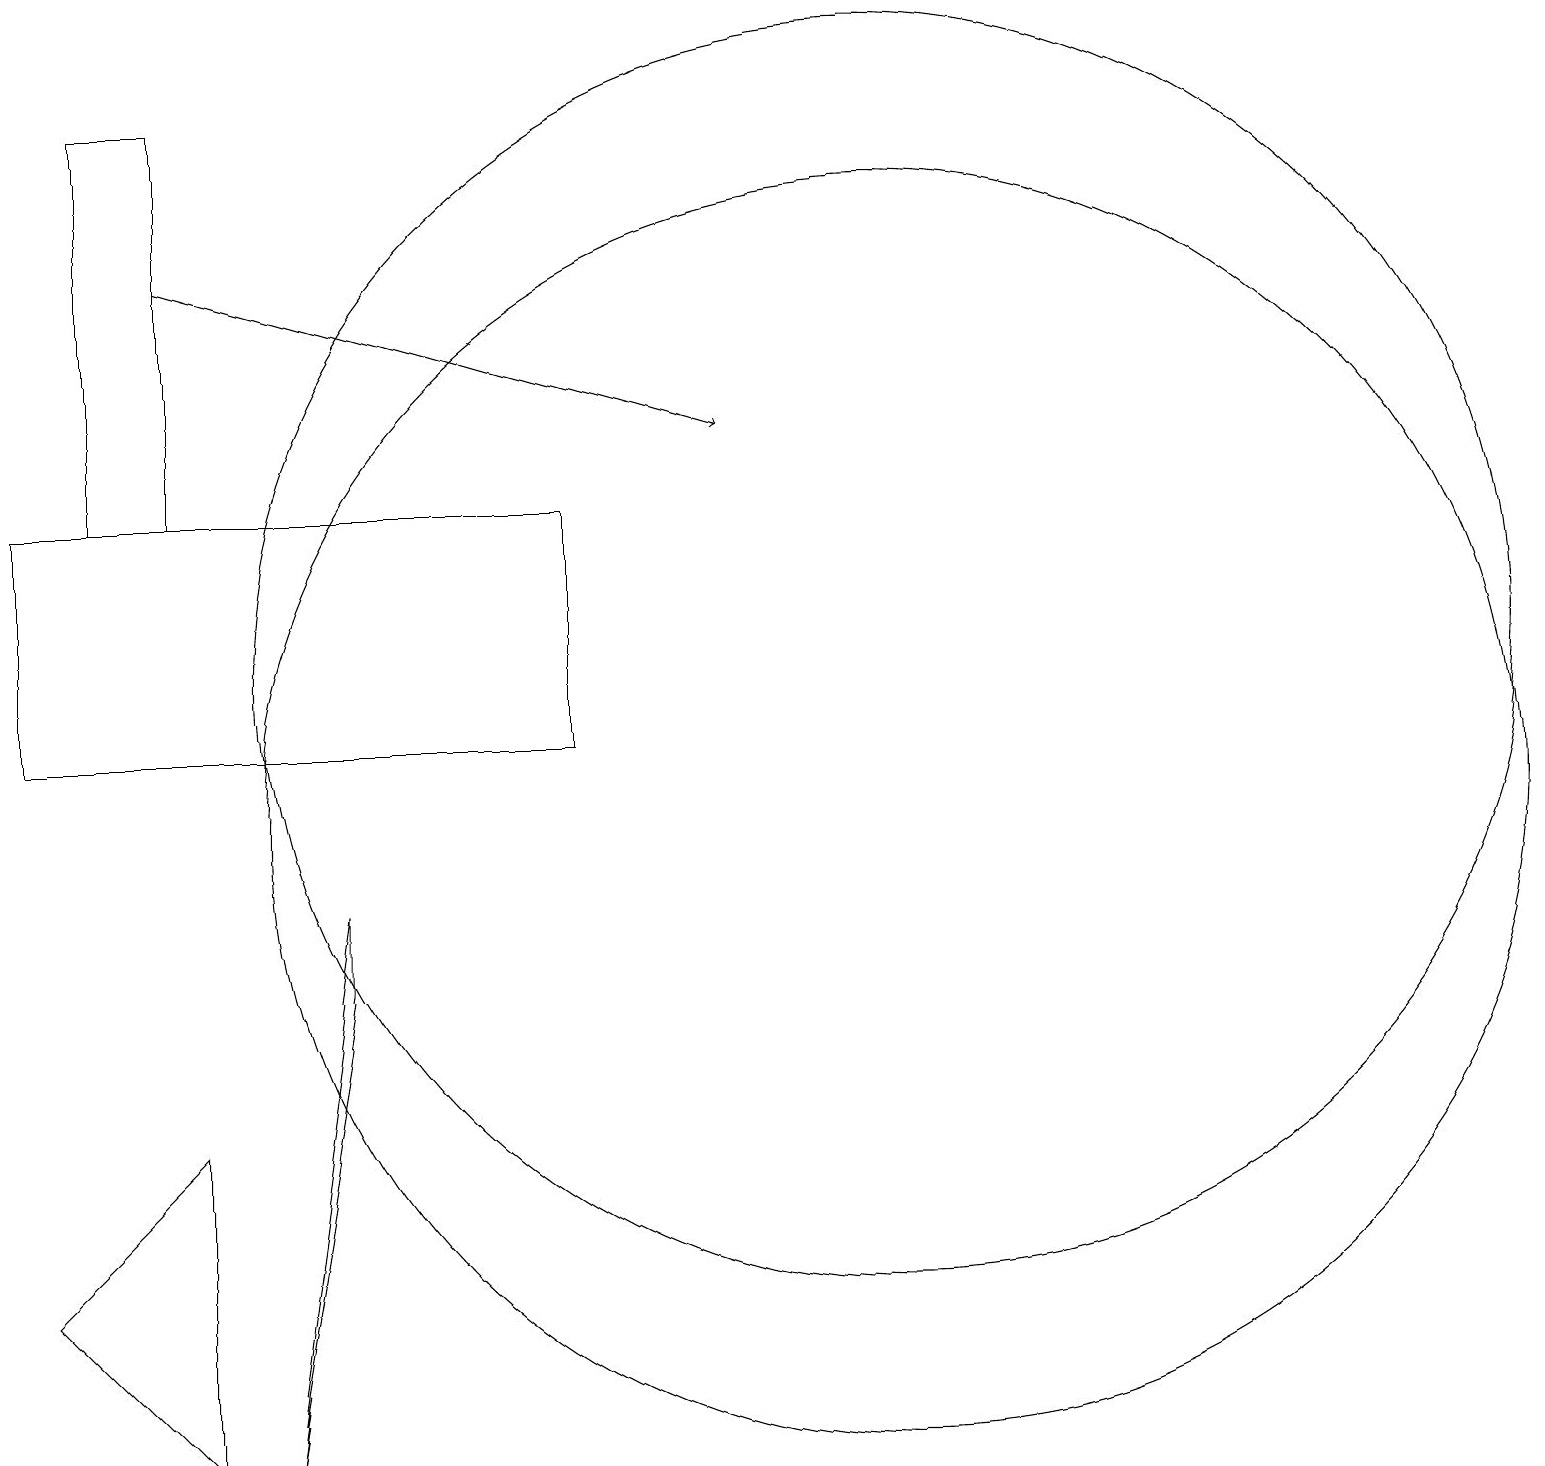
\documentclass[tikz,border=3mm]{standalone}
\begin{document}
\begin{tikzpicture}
\draw (4,8) -- (3,2) -- (4,9) -- cycle;
\draw (7,14) rectangle (0,11);
\draw (11,10) circle (8);
\draw (2,6) -- (2,2) -- (0,4) -- cycle;
\draw (11,12) circle (8);
\draw (1,19) rectangle (2,14);
\draw[->] (2,17) -- (9,15);
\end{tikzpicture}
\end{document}